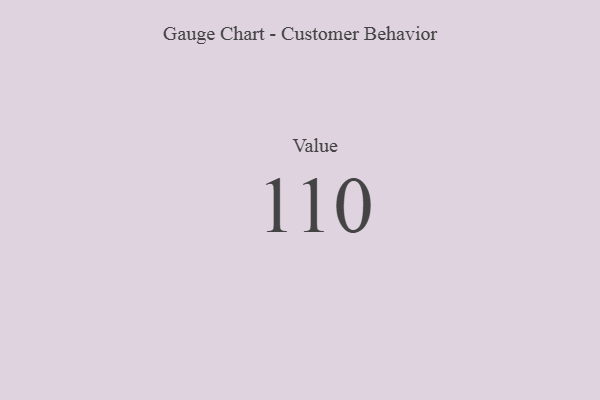
{"axis": {"x": "Metric", "y": "Value"}, "legend": [""], "data": [{"x": "Value", "y": 110, "type": ""}]}